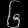
Digit: ၆